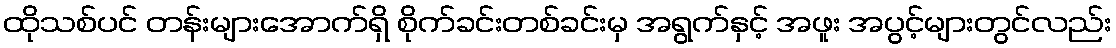
ထိုသစ်ပင် တန်းများအောက်ရှိ စိုက်ခင်းတစ်ခင်းမှ အရွက်နှင့် အဖူး အပွင့်များတွင်လည်း